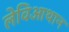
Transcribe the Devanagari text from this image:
लेविआथान